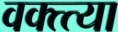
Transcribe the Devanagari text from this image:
वक्त्त्या